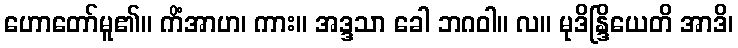
ဟောတော်မူ၏။ ကိံအာဟ၊ ကား။ အဒ္ဒသာ ခေါ ဘဂဝါ။ လ။ မုဒိန္ဒြိယေတိ အာဒိ၊